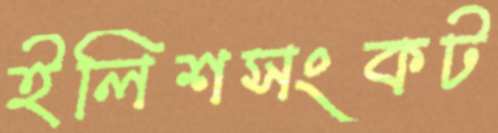
ইলিশসংকট